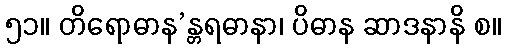
၅၁။ တိရောဓာန’န္တရဓာနာ၊ ပိဓာန ဆာဒနာနိ စ။